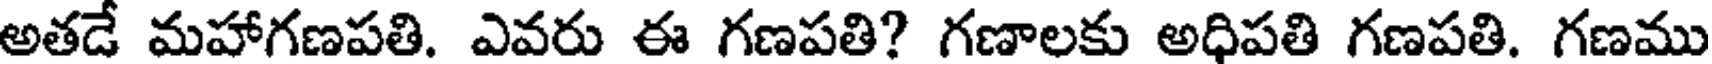
అతడే మహాగణపతి. ఎవరు ఈ గణపతి? గణాలకు అధిపతి గణపతి. గణము